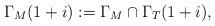
LaTeX: \begin{align*}\begin{aligned}\Gamma_{M}(1+i):=\Gamma_{M}\cap\Gamma_{T}(1+i),\end{aligned}\end{align*}